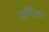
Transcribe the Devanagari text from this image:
सर्पिला